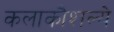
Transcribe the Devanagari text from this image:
कलाकौशल्ये